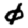
Digit: 0